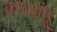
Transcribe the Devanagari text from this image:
कालांपू